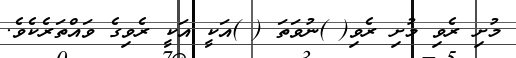
މުށި ރެވި މުށި ރެވި( )ނުވަތަ ( )އަކީ އަކީ ރެވިގެ ވައްތަރެކެވެ.